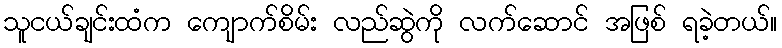
သူငယ်ချင်းထံက ကျောက်စိမ်း လည်ဆွဲကို လက်ဆောင် အဖြစ် ရခဲ့တယ်။